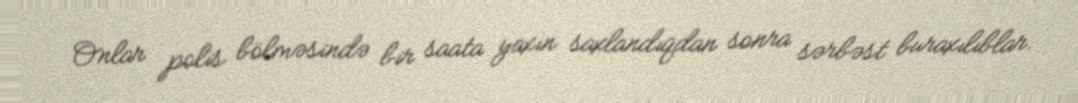
Onlar polis bölməsində bir saata yaxın saxlandıqdan sonra sərbəst buraxılıblar.